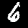
Digit: 6